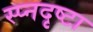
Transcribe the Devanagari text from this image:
स्प्नदृष्टा